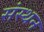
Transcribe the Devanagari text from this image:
संस्थन